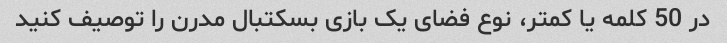
در 50 کلمه یا کمتر، نوع فضای یک بازی بسکتبال مدرن را توصیف کنید